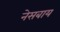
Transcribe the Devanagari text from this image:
नेसबाय